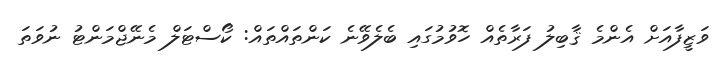
ވަޒީފާއަށް އެންމެ ޤާބިލު ފަރާތެއް ހޮވުމުގައި ބެލެވޭނެ ކަންތައްތައް: ކޯސްޓަލް މެނޭޖްމަންޓު ނުވަތަ